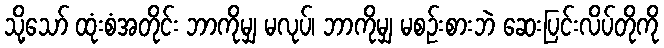
သို့သော် ထုံးစံအတိုင်း ဘာကိုမျှ မလုပ်၊ ဘာကိုမျှ မစဉ်းစားဘဲ ဆေးပြင်းလိပ်တိုကို